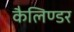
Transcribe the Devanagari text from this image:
कैलिण्डर